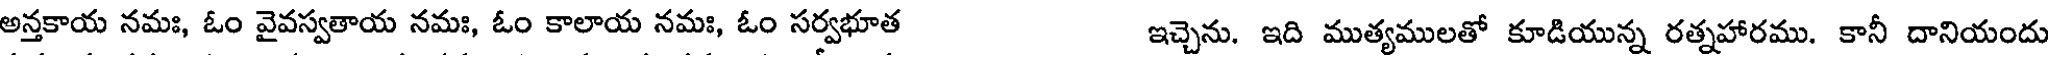
అన్తకాయ నమః, ఓం వైవస్వతాయ నమః, ఓం కాలాయ నమః, ఓం సర్వభూత ఇచ్చెను. ఇది ముత్యములతో కూడియున్న రత్నహారము. కానీ దానియందు